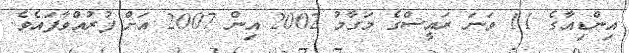
އިންޑިއާގެ 11 ވަނަ ރައީސްގެ މަގާމު 2002 އިން 2007 އަށް ފުރުއްވާފައެވެ.